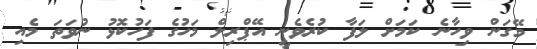
މޭގަން ވިހާނެ ކަމަށް ލަފާ ކުރެވެނީ އޭޕްރިލް މަހުގެ ފަހުކޮޅު ނުވަަތަ މެއި